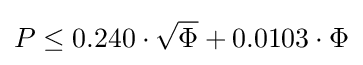
P\leq 0.240\cdot {\sqrt {\Phi }}+0.0103\cdot \Phi